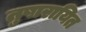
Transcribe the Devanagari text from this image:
तुषारायित